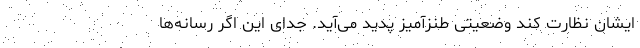
ایشان نظارت کند وضعیتی طنزآمیز پدید می‌آید. جدای این اگر رسانه‌ها